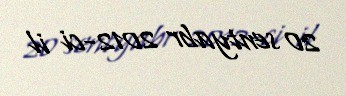
20 sentyabr 2012-ci il